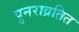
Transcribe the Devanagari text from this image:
पुनराव्रतित